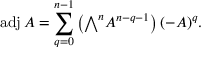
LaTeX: \operatorname { a d j } A = \sum _ { q = 0 } ^ { n - 1 } \left( { \textstyle \bigwedge } ^ { n } A ^ { n - q - 1 } \right) ( - A ) ^ { q } .